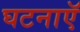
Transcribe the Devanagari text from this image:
घटनाएॅ